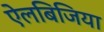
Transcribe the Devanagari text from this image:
ऐलबिजिया